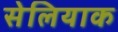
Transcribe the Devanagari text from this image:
सेलियाक